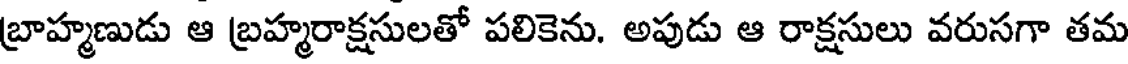
బ్రాహ్మణుడు ఆ బ్రహ్మరాక్షసులతో పలికెను. అపుడు ఆ రాక్షసులు వరుసగా తమ